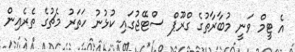
އެ ޓީމް ވަނީ މުބާރާތުގެ ގްރޫޕް ސްޓޭޖުގައި ކުޅުނު ހަތަރު މެޗުގެ ތެރެއިން